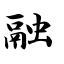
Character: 融